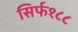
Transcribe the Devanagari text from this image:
सिर्फ१८८